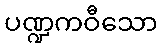
ပဏ္ဍကဝီသော